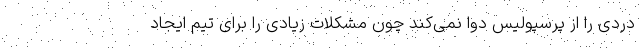
دردی را از پرسپولیس دوا نمی‌کند چون مشکلات زیادی را برای تیم ایجاد